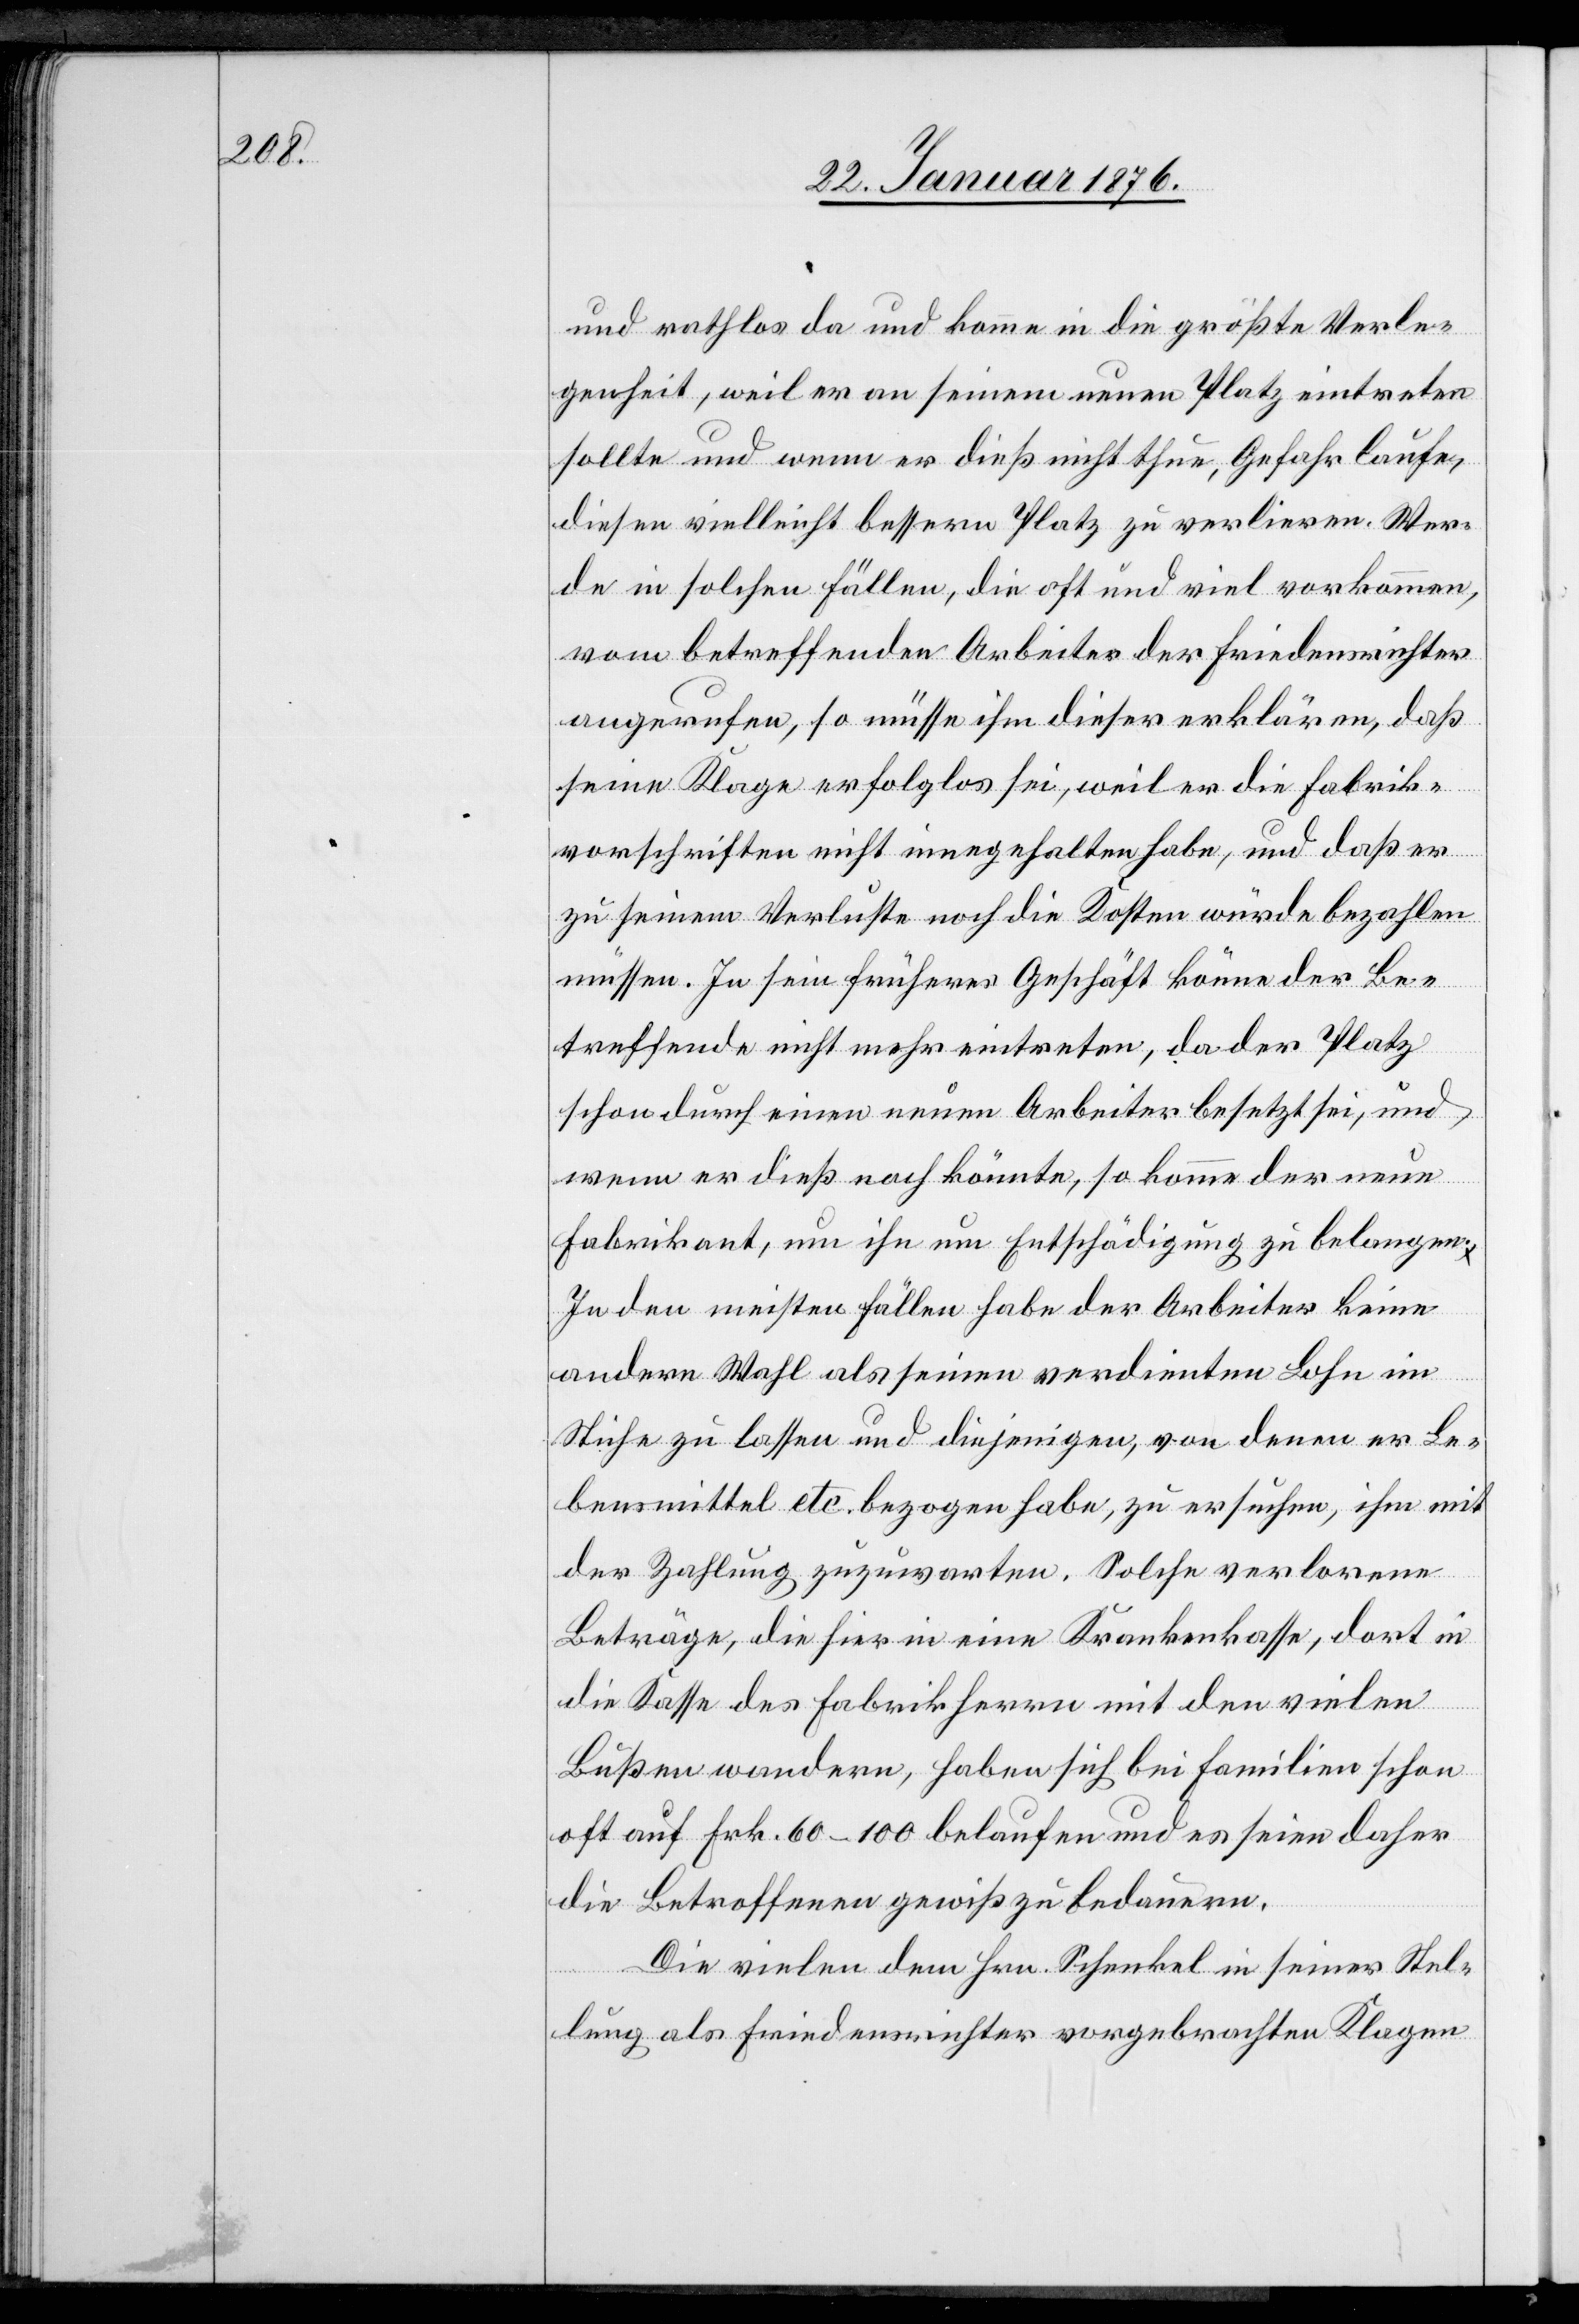
rathlos da und komme in die größte Verle¬
genheit, weil er an seinem neuen Platz eintreten
sollte und wenn er dieß nicht thun, Gefahr laufe,
diesen vielleicht bessern Platz zu verlieren. Wer¬
de in solchen Fällen, die oft und viel vorkommen,
vom betreffenden Arbeiter der Friedensrichter
angerufen, so müsse ihm dieser erklären, daß
seine Klage erfolglos sei, weil er die Fabrik¬
vorschriften nicht eingehalten habe, und daß er
zu seinem Verluste noch die Kosten würde bezahlen
müssen. In sein früheres Geschäft könne der Be¬
treffende nicht mehr eintreten, da der Platz
schon durch einen neuen Arbeiter besetzt sei, und
wenn er dieß noch könnte, so komme der neue
Fabrikant, um ihn um Entschädigung zu belangen.
In den meisten Fällen habe der Arbeiter keine
andere Wahl als seinen verdienten Lohn im
Stiche zu lassen und diejenigen, von denen er Le¬
bensmittel etc. bezogen habe, zu ersuchen, ihm mit
der Zahlung zuzuwarten. Solche verlorene
Beträge, die hier in eine Krankenkasse, dort in
die Kasse des Fabrikherrn mit den vielen
Bußen wandern, haben sich bei Familien schon
oft auf Frk. 60–100 belaufen und es seien daher
die Betroffenen gewiß zu bedauern.
Die vielen dem Hrn. Schenkel in seiner Stel¬
lung als Friedensrichter vorgebrachten Klagen